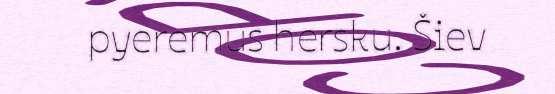
pyeremus hersku. Šiev